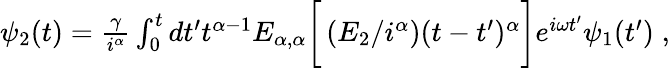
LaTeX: \begin{array}{r}{\psi_{2}(t)=\frac{\gamma}{i^{\alpha}}\int_{0}^{t}dt^{\prime}t^{\alpha-1}E_{\alpha,\alpha}\bigg[\left(E_{2}/i^{\alpha}\right)(t-t^{\prime})^{\alpha}\bigg]e^{i\omega t^{\prime}}\psi_{1}(t^{\prime})\; ,}\end{array}